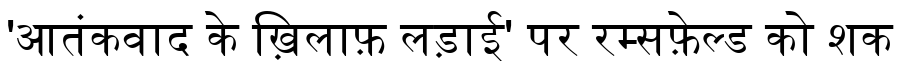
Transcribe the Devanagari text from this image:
'आतंकवाद के ख़िलाफ़ लड़ाई' पर रम्सफ़ेल्ड को शक